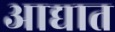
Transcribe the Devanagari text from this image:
आद्यात